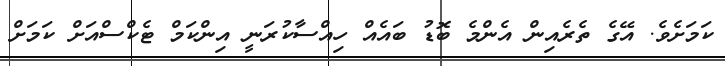
ކަމަށެވެ. އޭގެ ތެރެއިން އެންމެ ބޮޑު ބައެއް ހިއްސާކުރަނީ އިންކަމް ޓެކްސްއަށް ކަމަށް